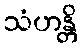
သံဟန္တိ